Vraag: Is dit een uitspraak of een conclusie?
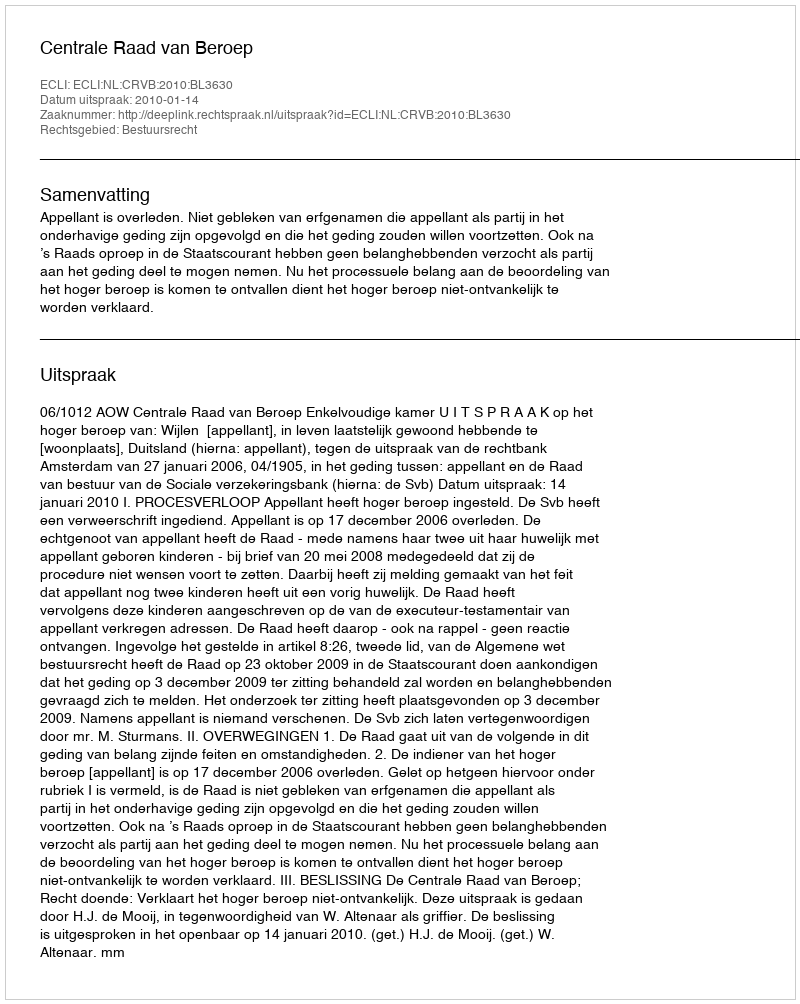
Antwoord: Uitspraak